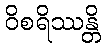
ဝိစရိဿန္တိ